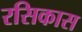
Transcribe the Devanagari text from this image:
रसिकास